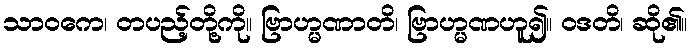
သာဝကေ၊ တပည့်တို့ကို။ ဗြာဟ္မဏာတိ၊ ဗြာဟ္မဏဟူ၍။ ဝဒတိ၊ ဆို၏။